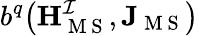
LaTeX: b^{q}\big(\mathbf{H}_{\mathrm{~M~S~}}^{\mathcal{I}},\mathbf{J}_{\mathrm{~M~S~}}\big)